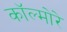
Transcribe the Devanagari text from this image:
कॉल्मोरे